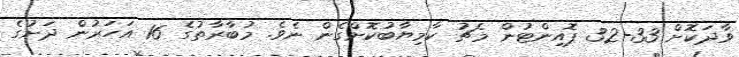
ވާދަކޮށް 33-32 ޕޮއިންޓުން މެޗު ކާމިޔާބުކޮށްގެން ނެވެ. މުބާރާތުގެ 16 އަހަރުން ދަށުގެ